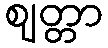
ဈတ္တာ